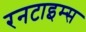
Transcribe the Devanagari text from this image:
रनटाइम्स